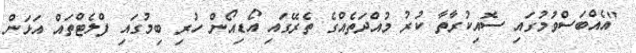
"އެއްބަސްވުމުގައި ސޮއިކުރާތާ ކުރު މުއްދަތެއްގެ ތެރޭގައި އޯޑިއޯން ހުރި ބިމުގައި ފްލެޓްތައް އަޅަން